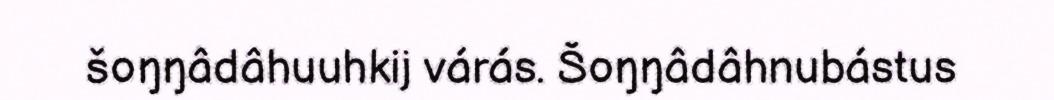
šoŋŋâdâhuuhkij várás. Šoŋŋâdâhnubástus